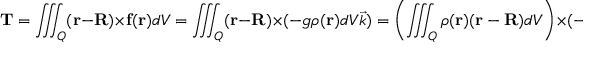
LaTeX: \mathbf { T } = \iiint _ { Q } ( \mathbf { r } - \mathbf { R } ) \times \mathbf { f } ( \mathbf { r } ) d V = \iiint _ { Q } ( \mathbf { r } - \mathbf { R } ) \times ( - g \rho ( \mathbf { r } ) d V { \vec { k } } ) = \left( \iiint _ { Q } \rho ( \mathbf { r } ) ( \mathbf { r } - \mathbf { R } ) d V \right) \times ( - g { \vec { k } } ) .